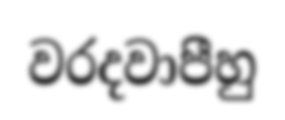
වරදවාපීහු